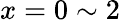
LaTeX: x=0\sim 2